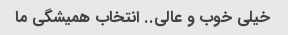
خیلی خوب و عالی.. انتخاب همیشگی ما